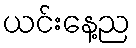
ယင်းနေ့ည